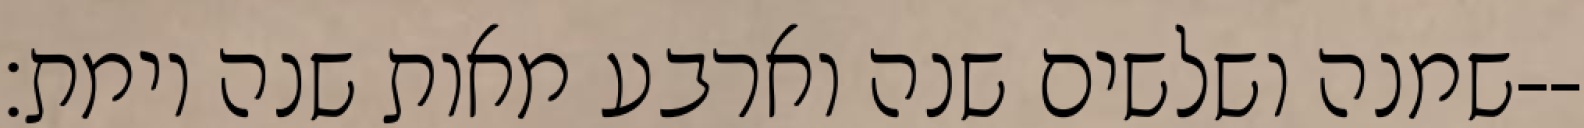
שמנה ושלשים שנה וארבע מאות שנה וימת׃--